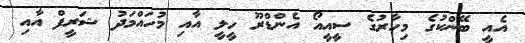
އެއީ ބޭންކުގެ މިހާރުގެ ސީއީއޯ އެންޑްރޫ ހީލީ އާއި މުހައްމަދު ޝަރީފް އާއި